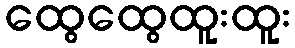
ထွေထွေထူးထူး